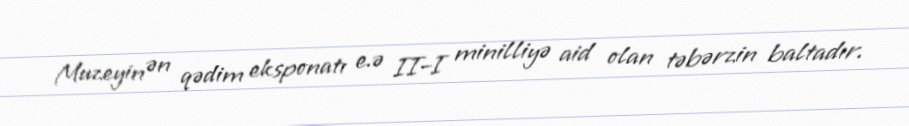
Muzeyin ən qədim eksponatı e.ə II–I minilliyə aid olan təbərzin baltadır.